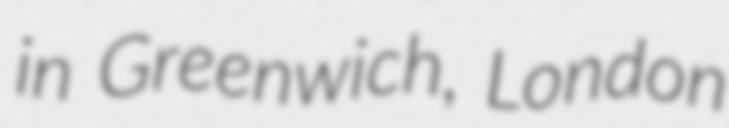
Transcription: in Greenwich, London